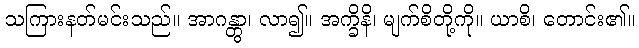
သကြားနတ်မင်းသည်။ အာဂန္တွာ၊ လာ၍။ အက္ခိနိ၊ မျက်စိတို့ကို။ ယာစိ၊ တောင်း၏။